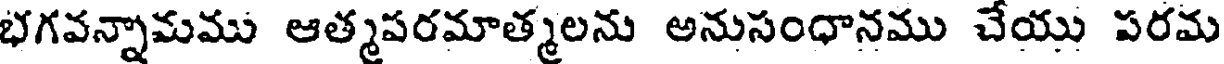
భగవన్నామము ఆత్మపరమాత్మలను అనుసంధానము చేయు పరమ